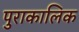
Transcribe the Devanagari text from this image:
पुराकालिक